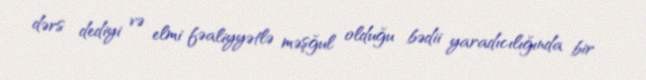
dərs dediyi və elmi fəaliyyətlə məşğul olduğu bədii yaradıcılığında bir